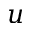
u